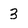
Character: 3